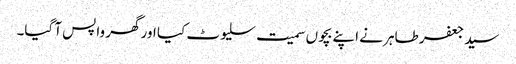
سید جعفر طاہر نے اپنے بچوں سمیت سلیوٹ کیا اور گھر واپس آ گیا۔